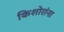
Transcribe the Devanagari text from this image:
किशोरांना